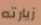
زيارته